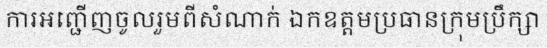
ការអញ្ជើញចូលរួមពីសំណាក់ ឯកឧត្តមប្រធានក្រុមប្រឹក្សា